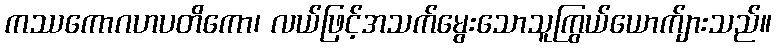
ကဿကောဂဟပတိကော၊ လယ်ဖြင့်အသက်မွေးသောသူကြွယ်ယောက်ျားသည်။